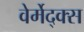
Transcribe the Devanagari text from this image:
वेर्मेद्क्स